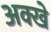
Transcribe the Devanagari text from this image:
अक्खे